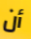
أن